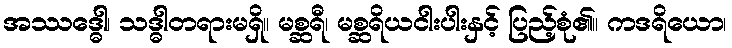
အဿဒ္ဓေါ၊ သဒ္ဓါတရားမရှိ။ မစ္ဆရီ၊ မစ္ဆရိယငါးပါးနှင့် ပြည့်စုံ၏။ ကဒရိယော၊